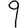
Digit: 9